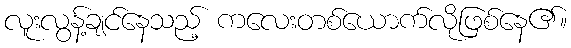
လူးလွန့်ချင်နေသည့် ကလေးတစ်ယောက်လိုဖြစ်နေ၏။